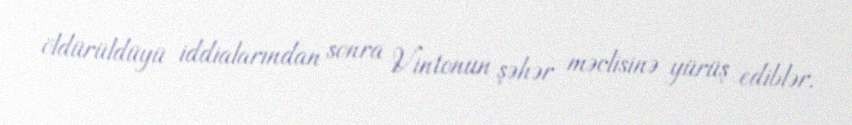
öldürüldüyü iddialarından sonra Vintonun şəhər məclisinə yürüş ediblər.